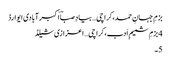
بزمِ جہانِ حمد،کراچی… بیادِ صباؔ اکبر آبادی ایوارڈ
4 بزمِ شمیمِ اَدب،کراچی… اعزازی شیلڈ
5۔